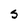
Character: S